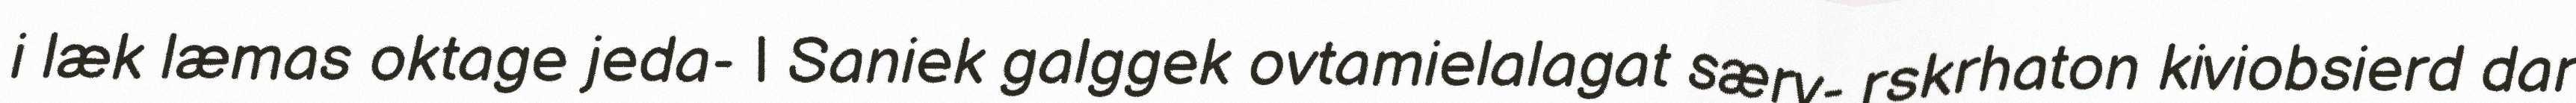
i læk læmas oktage jeda- | Saniek galggek ovtamielalagat særv- rskrhaton kiviobsierd dar